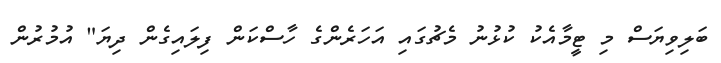
ބަލިވިޔަސް މި ޓީމާއެކު ކުޅުނު މެޗުގައި އަހަރެންގެ ހާސްކަން ފިލައިގެން ދިޔަ" އުމުރުން